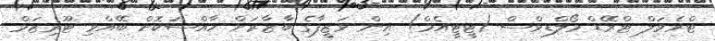
ޓްރެވަލް ޓްރޭޑް މޯލްޑިވްސް (ޓީޓީއެމް) އިން ވަޒީފާގެ ބާޒާރަށް ހާއްސަކޮށް ބޭއްވި ޓޫރިޒަމް